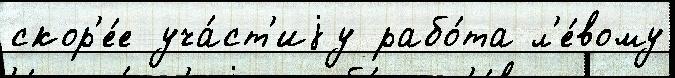
скор'е́е уча́ст'иjу рабо́та л'е́вому